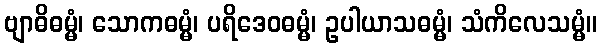
ဗျာဓိဓမ္မံ၊ သောကဓမ္မံ၊ ပရိဒေဝဓမ္မံ၊ ဥပါယာသဓမ္မံ၊ သံကိလေသမ္မံ။